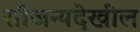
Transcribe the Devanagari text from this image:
सौजन्यदेखील